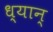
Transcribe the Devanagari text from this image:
ध्यान्